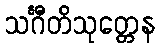
သင်္ဂီတိသုတ္တေန